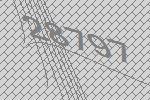
28797